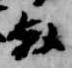
叙